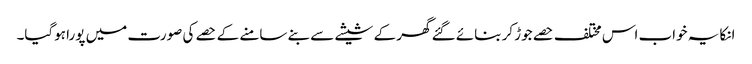
انکا یہ خواب اس مختلف حصے جوڑ کر بنائے گئے گھر کے شیشے سے بنے سامنے کے حصے کی صورت میں پورا ہوگیا۔